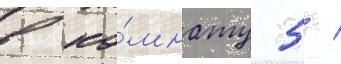
в ко́мнату 5 /